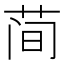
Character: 𫈉